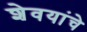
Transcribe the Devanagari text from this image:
शेवयांचे